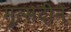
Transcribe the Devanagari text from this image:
मुत्सदीने